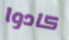
كادوا